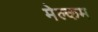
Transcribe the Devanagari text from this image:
मेल्‍कम